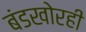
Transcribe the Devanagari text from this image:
बंडखोरही